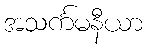
အသင်္ကမနီယာ